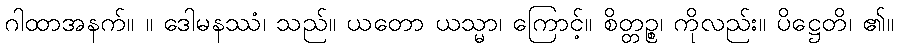
ဂါထာအနက်။ ။ ဒေါမနဿံ၊ သည်။ ယတော ယသ္မာ၊ ကြောင့်။ စိတ္တဉ္စ၊ ကိုလည်း။ ပိဋ္ဌေတိ၊ ၏။